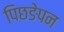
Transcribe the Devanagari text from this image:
पिछङेपन